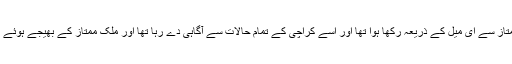
ملزم عرفان نے گرفتاری تک اپنا رابطہ ملک ممتاز سے ای میل کے ذریعہ رکھا ہوا تھا اور اسے کراچی کے تمام حالات سے آگاہی دے رہا تھا اور ملک ممتاز کے بھیجے ہوئے تمام تر پیغامات متعلقہ لوگوں تک پہنچا رہا تھا ۔